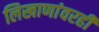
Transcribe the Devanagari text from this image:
लिखाणांवरही